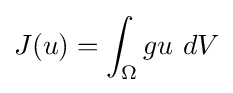
J(u)=\int _{\Omega }gu\ dV